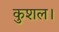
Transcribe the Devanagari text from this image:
कुशल।